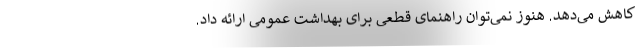
کاهش می‌دهد. هنوز نمی‌توان راهنمای قطعی برای بهداشت عمومی ارائه داد.